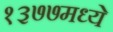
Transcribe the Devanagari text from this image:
१३७७मध्ये